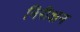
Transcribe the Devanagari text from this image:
निरीक्षन